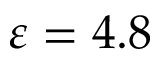
\varepsilon = 4 . 8